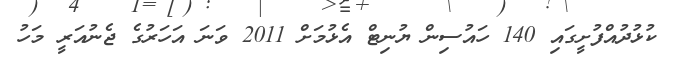
ކުޅުދުއްފުށީގައި 140 ހައުސިން ޔުނިޓް އެޅުމަށް 2011 ވަނަ އަހަރުގެ ޖެނުއަރީ މަހު